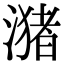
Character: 潴